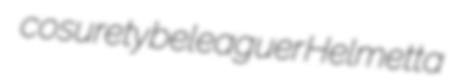
cosurety beleaguer Helmetta